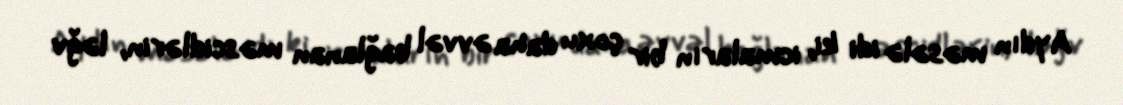
Aydın məsələ idi ki, icmaların bir çoxu daha əvvəl bağlanan məscidlərin, ləğv